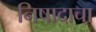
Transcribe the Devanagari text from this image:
निषादाचा